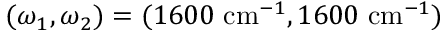
( \omega _ { 1 } , \omega _ { 2 } ) = ( 1 6 0 0 ~ \mathrm { c m } ^ { - 1 } , 1 6 0 0 ~ \mathrm { c m } ^ { - 1 } )